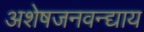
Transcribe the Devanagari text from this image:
अशेषजनवन्द्याय